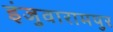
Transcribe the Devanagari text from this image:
इंजुवारामपुर